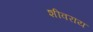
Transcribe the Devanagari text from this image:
शीवराय